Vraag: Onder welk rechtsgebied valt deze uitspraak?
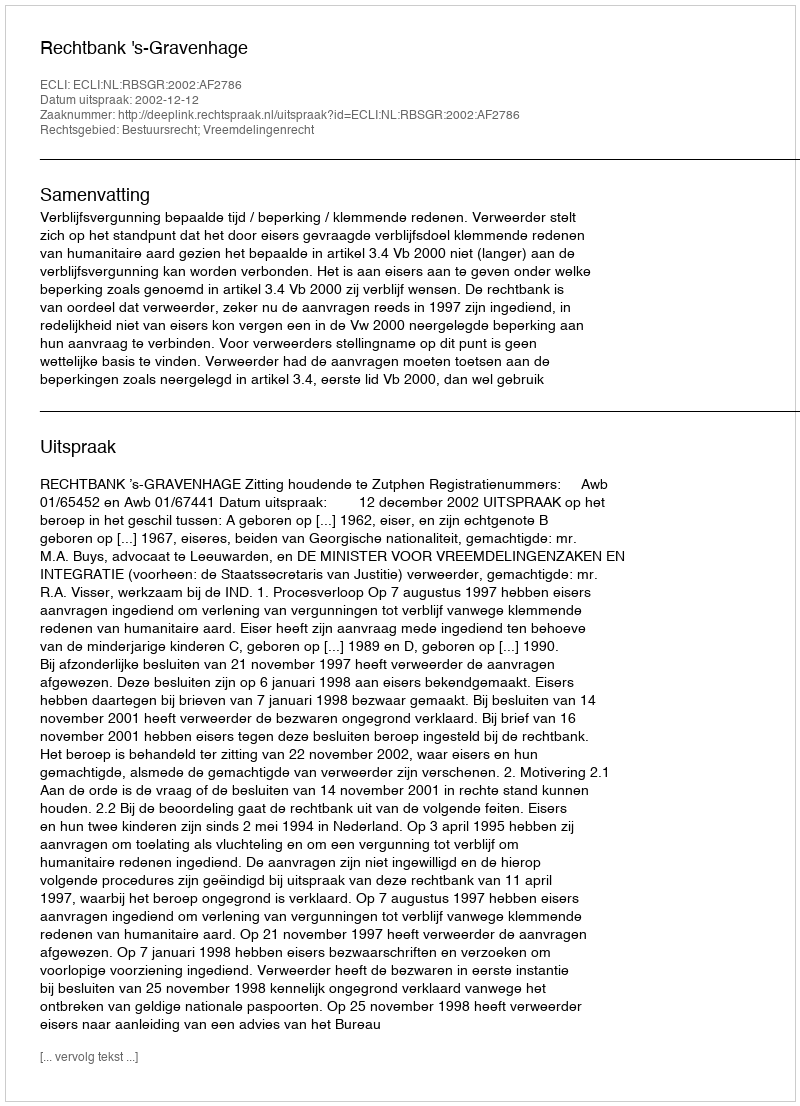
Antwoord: Bestuursrecht; Vreemdelingenrecht